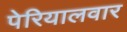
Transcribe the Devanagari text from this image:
पेरियालवार